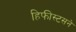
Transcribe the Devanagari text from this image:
हिफीस्टसने